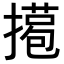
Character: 𢵖